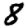
Digit: 8